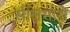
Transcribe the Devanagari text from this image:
सीलमासे